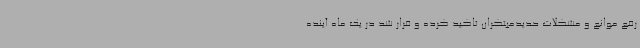
رفع موانع و مشکلات حدیدمبتکران تاکید کرده و قرار شد در یک ماه آینده